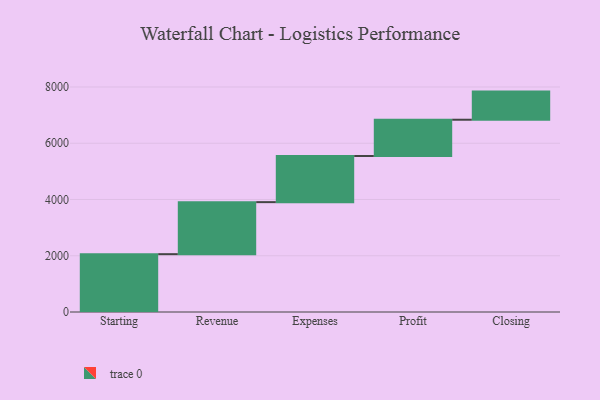
{"axis": {"x": "Step", "y": "Value"}, "legend": [""], "data": [{"x": "Starting", "y": 2056.0, "type": ""}, {"x": "Revenue", "y": 1850.0, "type": ""}, {"x": "Expenses", "y": 1640.0, "type": ""}, {"x": "Profit", "y": 1290.0, "type": ""}, {"x": "Closing", "y": 1000, "type": ""}]}